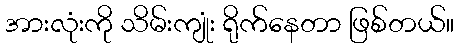
အားလုံးကို သိမ်းကျုံး ရိုက်နေတာ ဖြစ်တယ်။